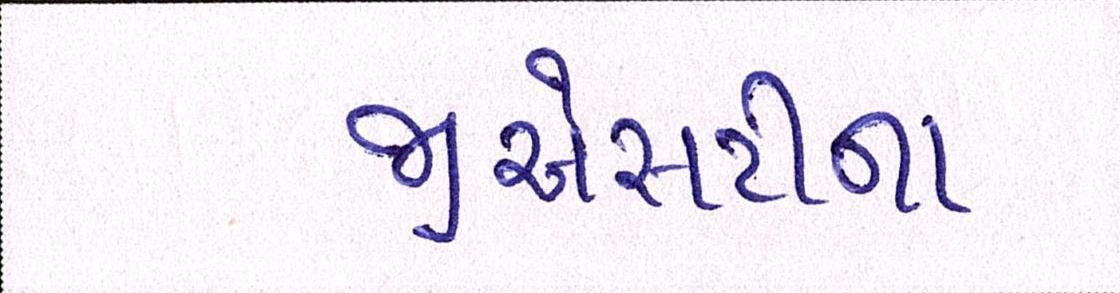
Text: જીએસટીના